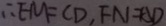
\therefore E M = C D , F N = A D